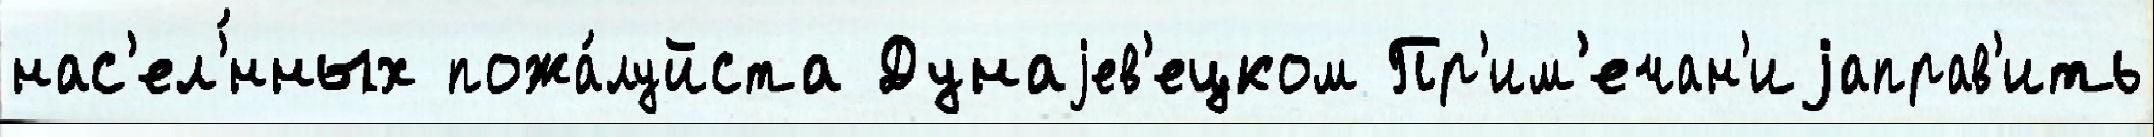
нас'ел'́нных пожа́луйста Дунаjев'ецком Пр'им'ечан'иjаправ'ить